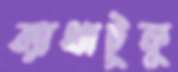
ব্যাথাটুকু